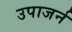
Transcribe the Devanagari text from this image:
उपाजर्न